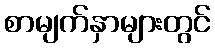
စာမျက်နှာများတွင်